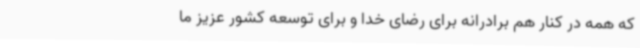
که همه در کنار هم برادرانه برای رضای خدا و برای توسعه کشور عزیز ما